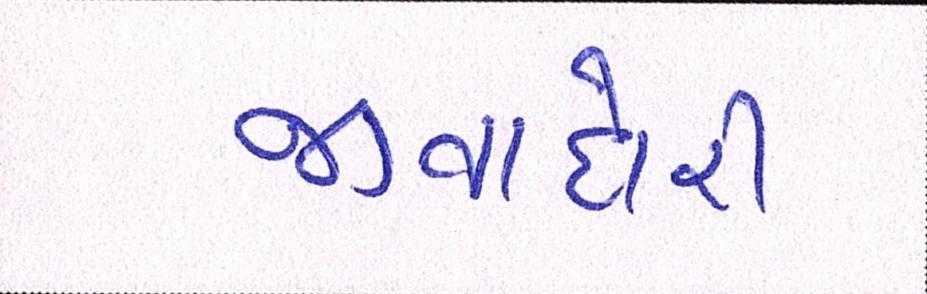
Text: જીવાદોરી